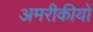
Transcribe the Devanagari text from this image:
अमरीकीयों